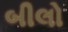
બીલો